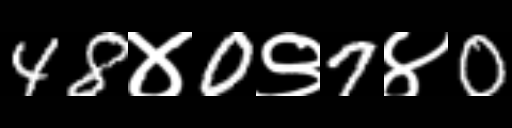
Text: 48४0९7४0